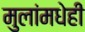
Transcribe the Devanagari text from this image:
मुलांमधेही